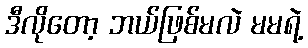
ဒီလိုတော့ ဘယ်ဖြစ်မလဲ မမရဲ့